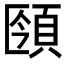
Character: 𩒥